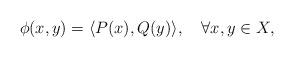
LaTeX: \begin{align*}\phi(x,y)=\langle P(x),Q(y)\rangle,\quad\forall x,y\in X,\end{align*}